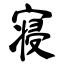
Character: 寝